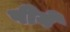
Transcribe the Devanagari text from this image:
पीयें